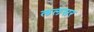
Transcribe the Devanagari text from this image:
ललसर